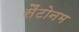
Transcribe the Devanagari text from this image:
सैंटोनम